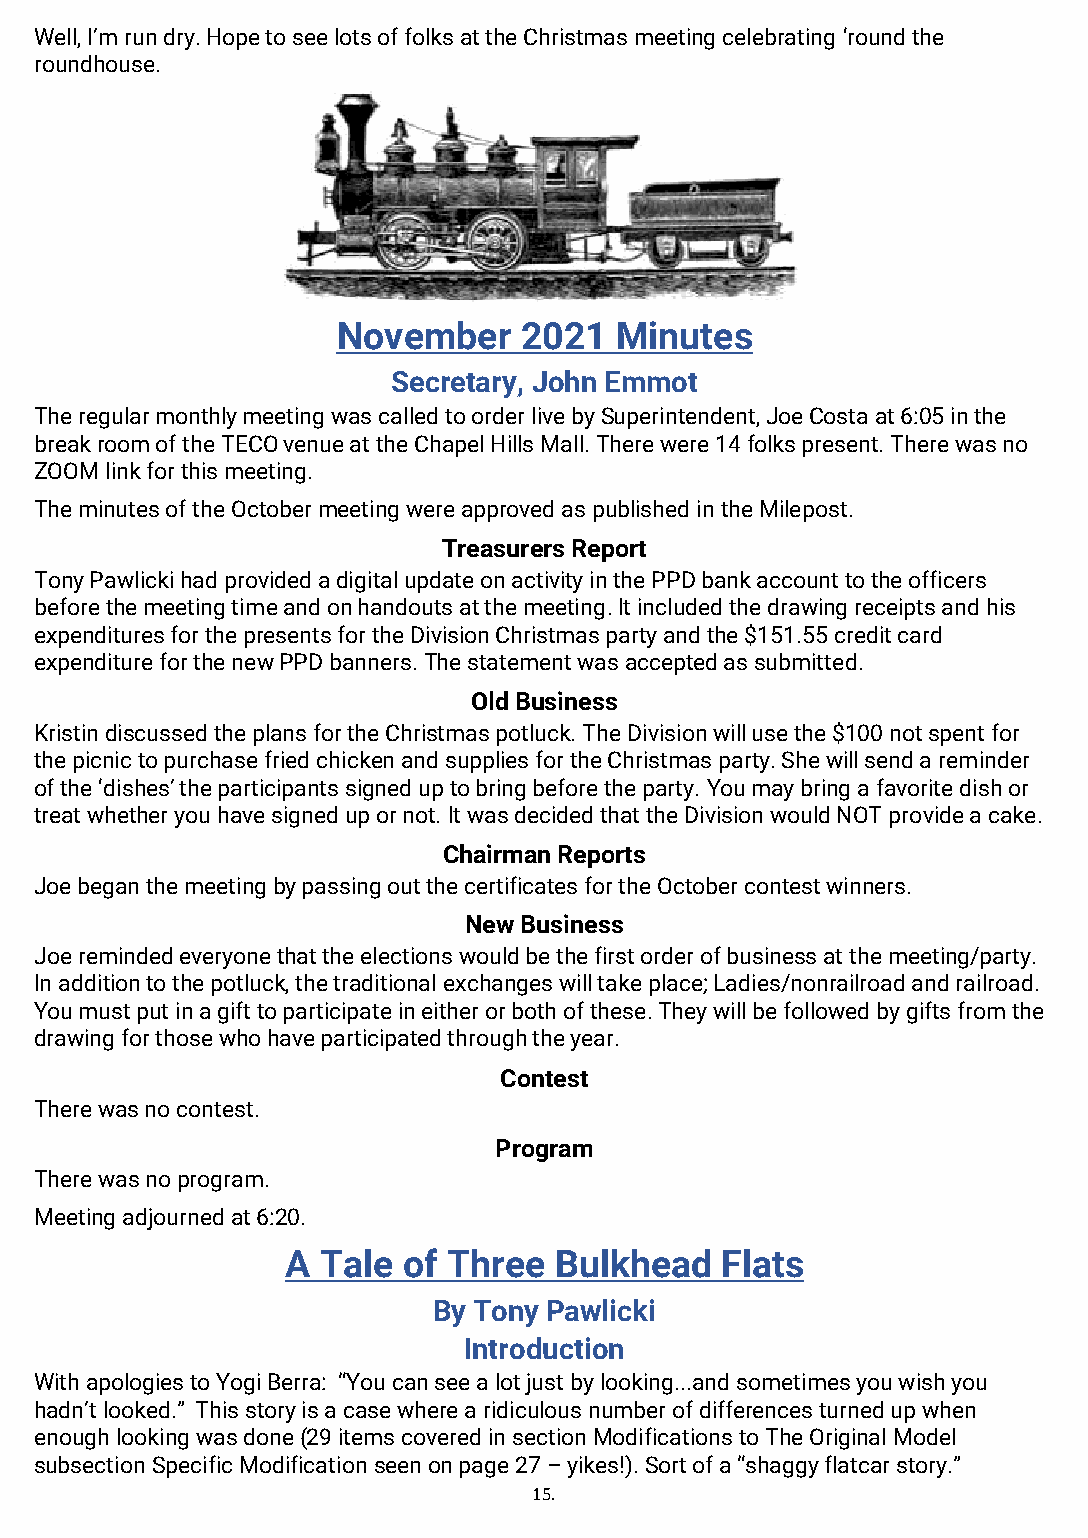
Well, I’m run dry. Hope to see lots of folks at the Christmas meeting celebrating ‘round the
 roundhouse.
 November    2021   Minutes
 Secretary, John Emmot
 The regular monthly meeting was called to order live by Superintendent, Joe Costa at 6:05 in the
 break room of the TECO venue at the Chapel Hills Mall. There were 14 folks present. There was no
 ZOOM link for this meeting.
 The minutes of the October meeting were approved as published in the Milepost.
 Treasurers Report
 Tony Pawlicki had provided a digital update on activity in the PPD bank account to the officers
 before the meeting time and on handouts at the meeting. It included the drawing receipts and his
 expenditures for the presents for the Division Christmas party and the $151.55 credit card
 expenditure for the new PPD banners. The statement was accepted as submitted.
 Old Business
 Kristin discussed the plans for the Christmas potluck. The Division will use the $100 not spent for
 the picnic to purchase fried chicken and supplies for the Christmas party. She will send a reminder
 of the ‘dishes’ the participants signed up to bring before the party. You may bring a favorite dish or
 treat whether you have signed up or not. It was decided that the Division would NOT provide a cake.
 Chairman Reports
 Joe began the meeting by passing out the certificates for the October contest winners.
 New Business
 Joe reminded everyone that the elections would be the first order of business at the meeting/party.
 In addition to the potluck, the traditional exchanges will take place; Ladies/nonrailroad and railroad.
 You must put in a gift to participate in either or both of these. They will be followed by gifts from the
 drawing for those who have participated through the year.
 Contest
 There was no contest.
 Program
 There was no program.
 Meeting adjourned at 6:20.
 A Tale  of Three  Bulkhead   Flats
 By Tony Pawlicki
 Introduction
 With apologies to Yogi Berra: “You can see a lot just by looking...and sometimes you wish you
 hadn’t looked.” This story is a case where a ridiculous number of differences turned up when
 enough looking was done (29 items covered in section Modifications to The Original Model
 subsection Specific Modification seen on page 27 – yikes!). Sort of a “shaggy flatcar story.”
 15.